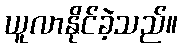
ယူလာနိုင်ခဲ့သည်။